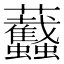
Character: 𧖡